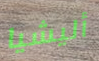
أليشيا